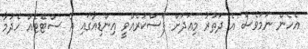
އެހެން ނަމަވެސް އެ ދަތުރު މިއަދަށް ފަސްކުރެއްވީ އިންޑިއާގައި އާ ސްޓޭޓެއް ހެދުމާ